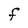
Character: F